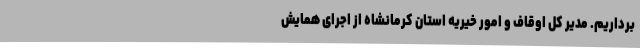
برداریم. مدیر کل اوقاف و امور خیریه استان کرمانشاه از اجرای همایش